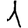
Digit: 1